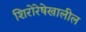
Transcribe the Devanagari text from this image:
शिरोरेषेखालील